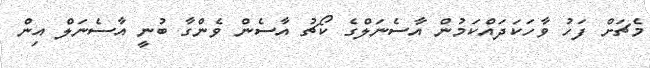
މެޗަށް ފަހު ވާހަކަދައްކަމުން އާސެނަލްގެ ކޯޗު އާސެން ވެންގާ ބުނީ އާސެނަލް އިން